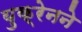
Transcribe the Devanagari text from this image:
युक्रेनने